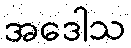
အဒေါသ